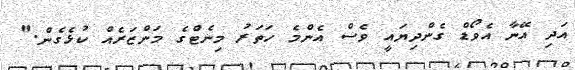
އަދި އޭނާ އެވޯޑް ގެންދިޔައީ ވެސް އެންމެ ހަތަރު މިނެޓްގެ މަންޒަރެއް ކުޅެގެން."